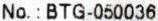
NO. : BTG-050036